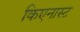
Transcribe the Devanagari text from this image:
किएनास्ट